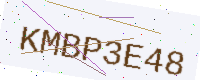
Text: KMBP3E48